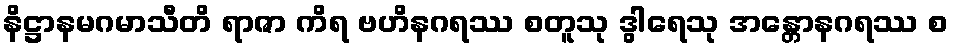
နိဋ္ဌာနမဂမာသီတိ ရာဇာ ကိရ ဗဟိနဂရဿ စတူသု ဒွါရေသု အန္တောနဂရဿ စ